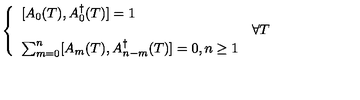
\left\{ \begin{array} { l l } { \displaystyle [ A _ { 0 } ( T ) , A _ { 0 } ^ { \dag } ( T ) ] = 1 } & { } \\ { } & { \forall T } \\ { \sum _ { m = 0 } ^ { n } [ A _ { m } ( T ) , A _ { n - m } ^ { \dag } ( T ) ] = 0 , n \geq 1 } & { } \\ \end{array} \right.